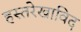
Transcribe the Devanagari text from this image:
हस्तरेखाविद